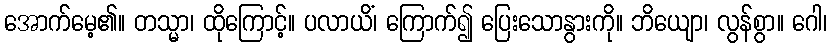
အောက်မေ့၏။ တသ္မာ၊ ထိုကြောင့်။ ပလာယိံ၊ ကြောက်၍ ပြေးသောနွားကို။ ဘိယျော၊ လွန်စွာ။ ဂေါ၊